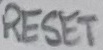
Text: RESET